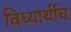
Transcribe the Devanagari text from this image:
विध्यार्थीच